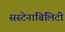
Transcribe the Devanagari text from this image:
सस्टेनाबिलिटी